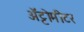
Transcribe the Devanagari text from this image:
अॅट्टोमीटर